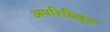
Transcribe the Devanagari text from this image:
अपरिच्छिन्न